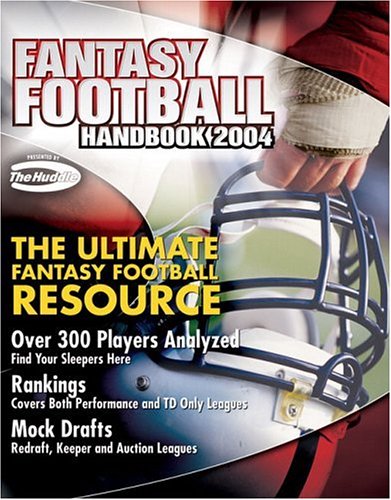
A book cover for Fantasy Football Handbook 2004; David Dorey; Humor & Entertainment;